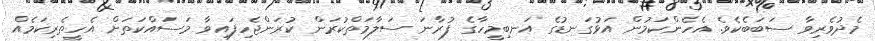
މެދުވެރިވާ ސަބަބެކެވެ. އެހެންކަމުން އަޅުގަނޑުގެ އަނބިމީހާގެ ފުރާނަ ސަލާމަތްކުރަން ކުރަންޖެހިފައިވާ މަސައްކަތަށް އެހީތެރިކަމެއް